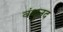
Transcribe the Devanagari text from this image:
वंक्षुनद